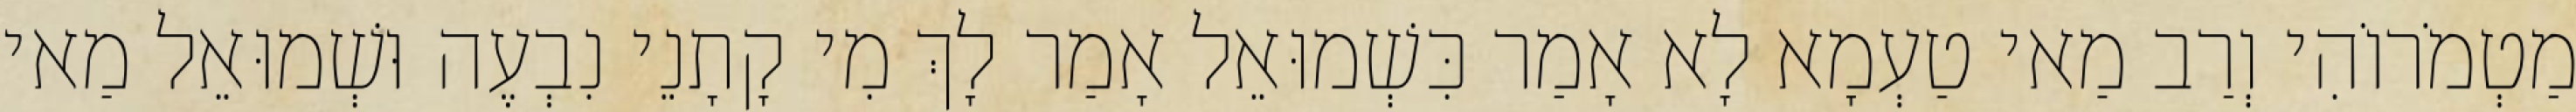
מַטְמֹרוֹהִי וְרַב מַאי טַעְמָא לָא אָמַר כִּשְׁמוּאֵל אָמַר לָךְ מִי קָתָנֵי נִבְעֶה וּשְׁמוּאֵל מַאי